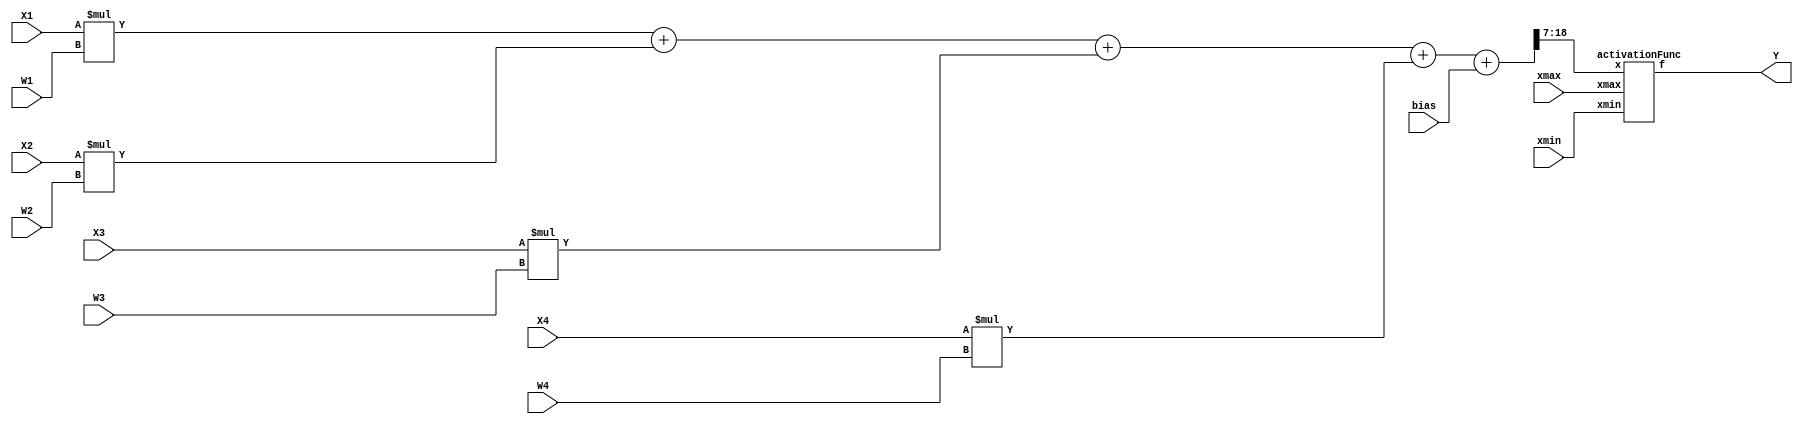
module neuron(X1, X2, X3, X4, W1, W2, W3, W4, bias, xmin, xmax, Y);

	input signed [7:0] X1, X2, X3, X4, W1, W2, W3, W4;
	input signed [15:0] bias;
	input signed [11:0] xmin, xmax;
	output signed [7:0] Y;
	
	wire signed [18:0] Sum;

	assign Sum = X1 * W1 + X2 * W2 + X3 * W3 + X4 * W4 + bias;

  	activationFunc activation_module (.x(Sum[18:7]), .f(Y), .xmin(xmin), .xmax(xmax));

endmodule


module activationFunc(x,f,xmin,xmax);

	input signed [11:0] x;
	output signed [7:0] f;
	input signed [11:0] xmin, xmax;

	assign f = (x >= xmin && x <= xmax) ? x : (x < xmin) ? xmin : xmax;

endmodule